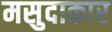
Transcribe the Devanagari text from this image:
मसुदाकार